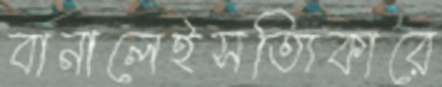
বানালেইসত্যিকারে